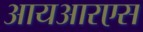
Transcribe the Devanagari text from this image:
आयआरएस